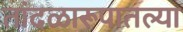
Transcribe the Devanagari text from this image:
तांदळारूपातल्या